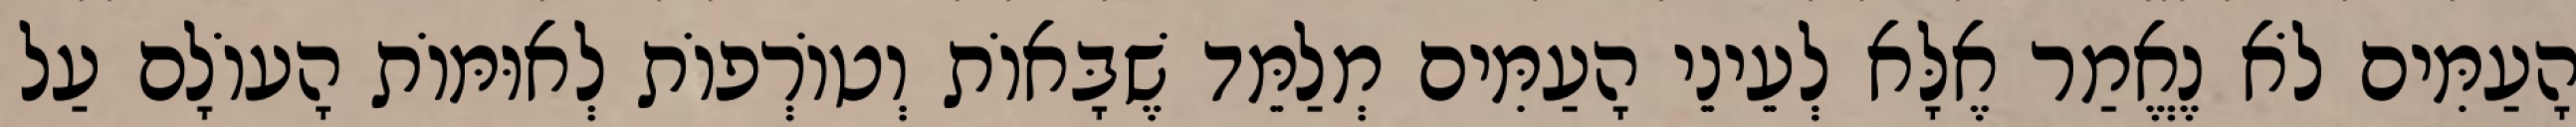
הָעַמִּים לֹא נֶאֱמַר אֶלָּא לְעֵינֵי הָעַמִּים מְלַמֵּד שֶׁבָּאוֹת וְטוֹרְפוֹת לְאוּמּוֹת הָעוֹלָם עַל